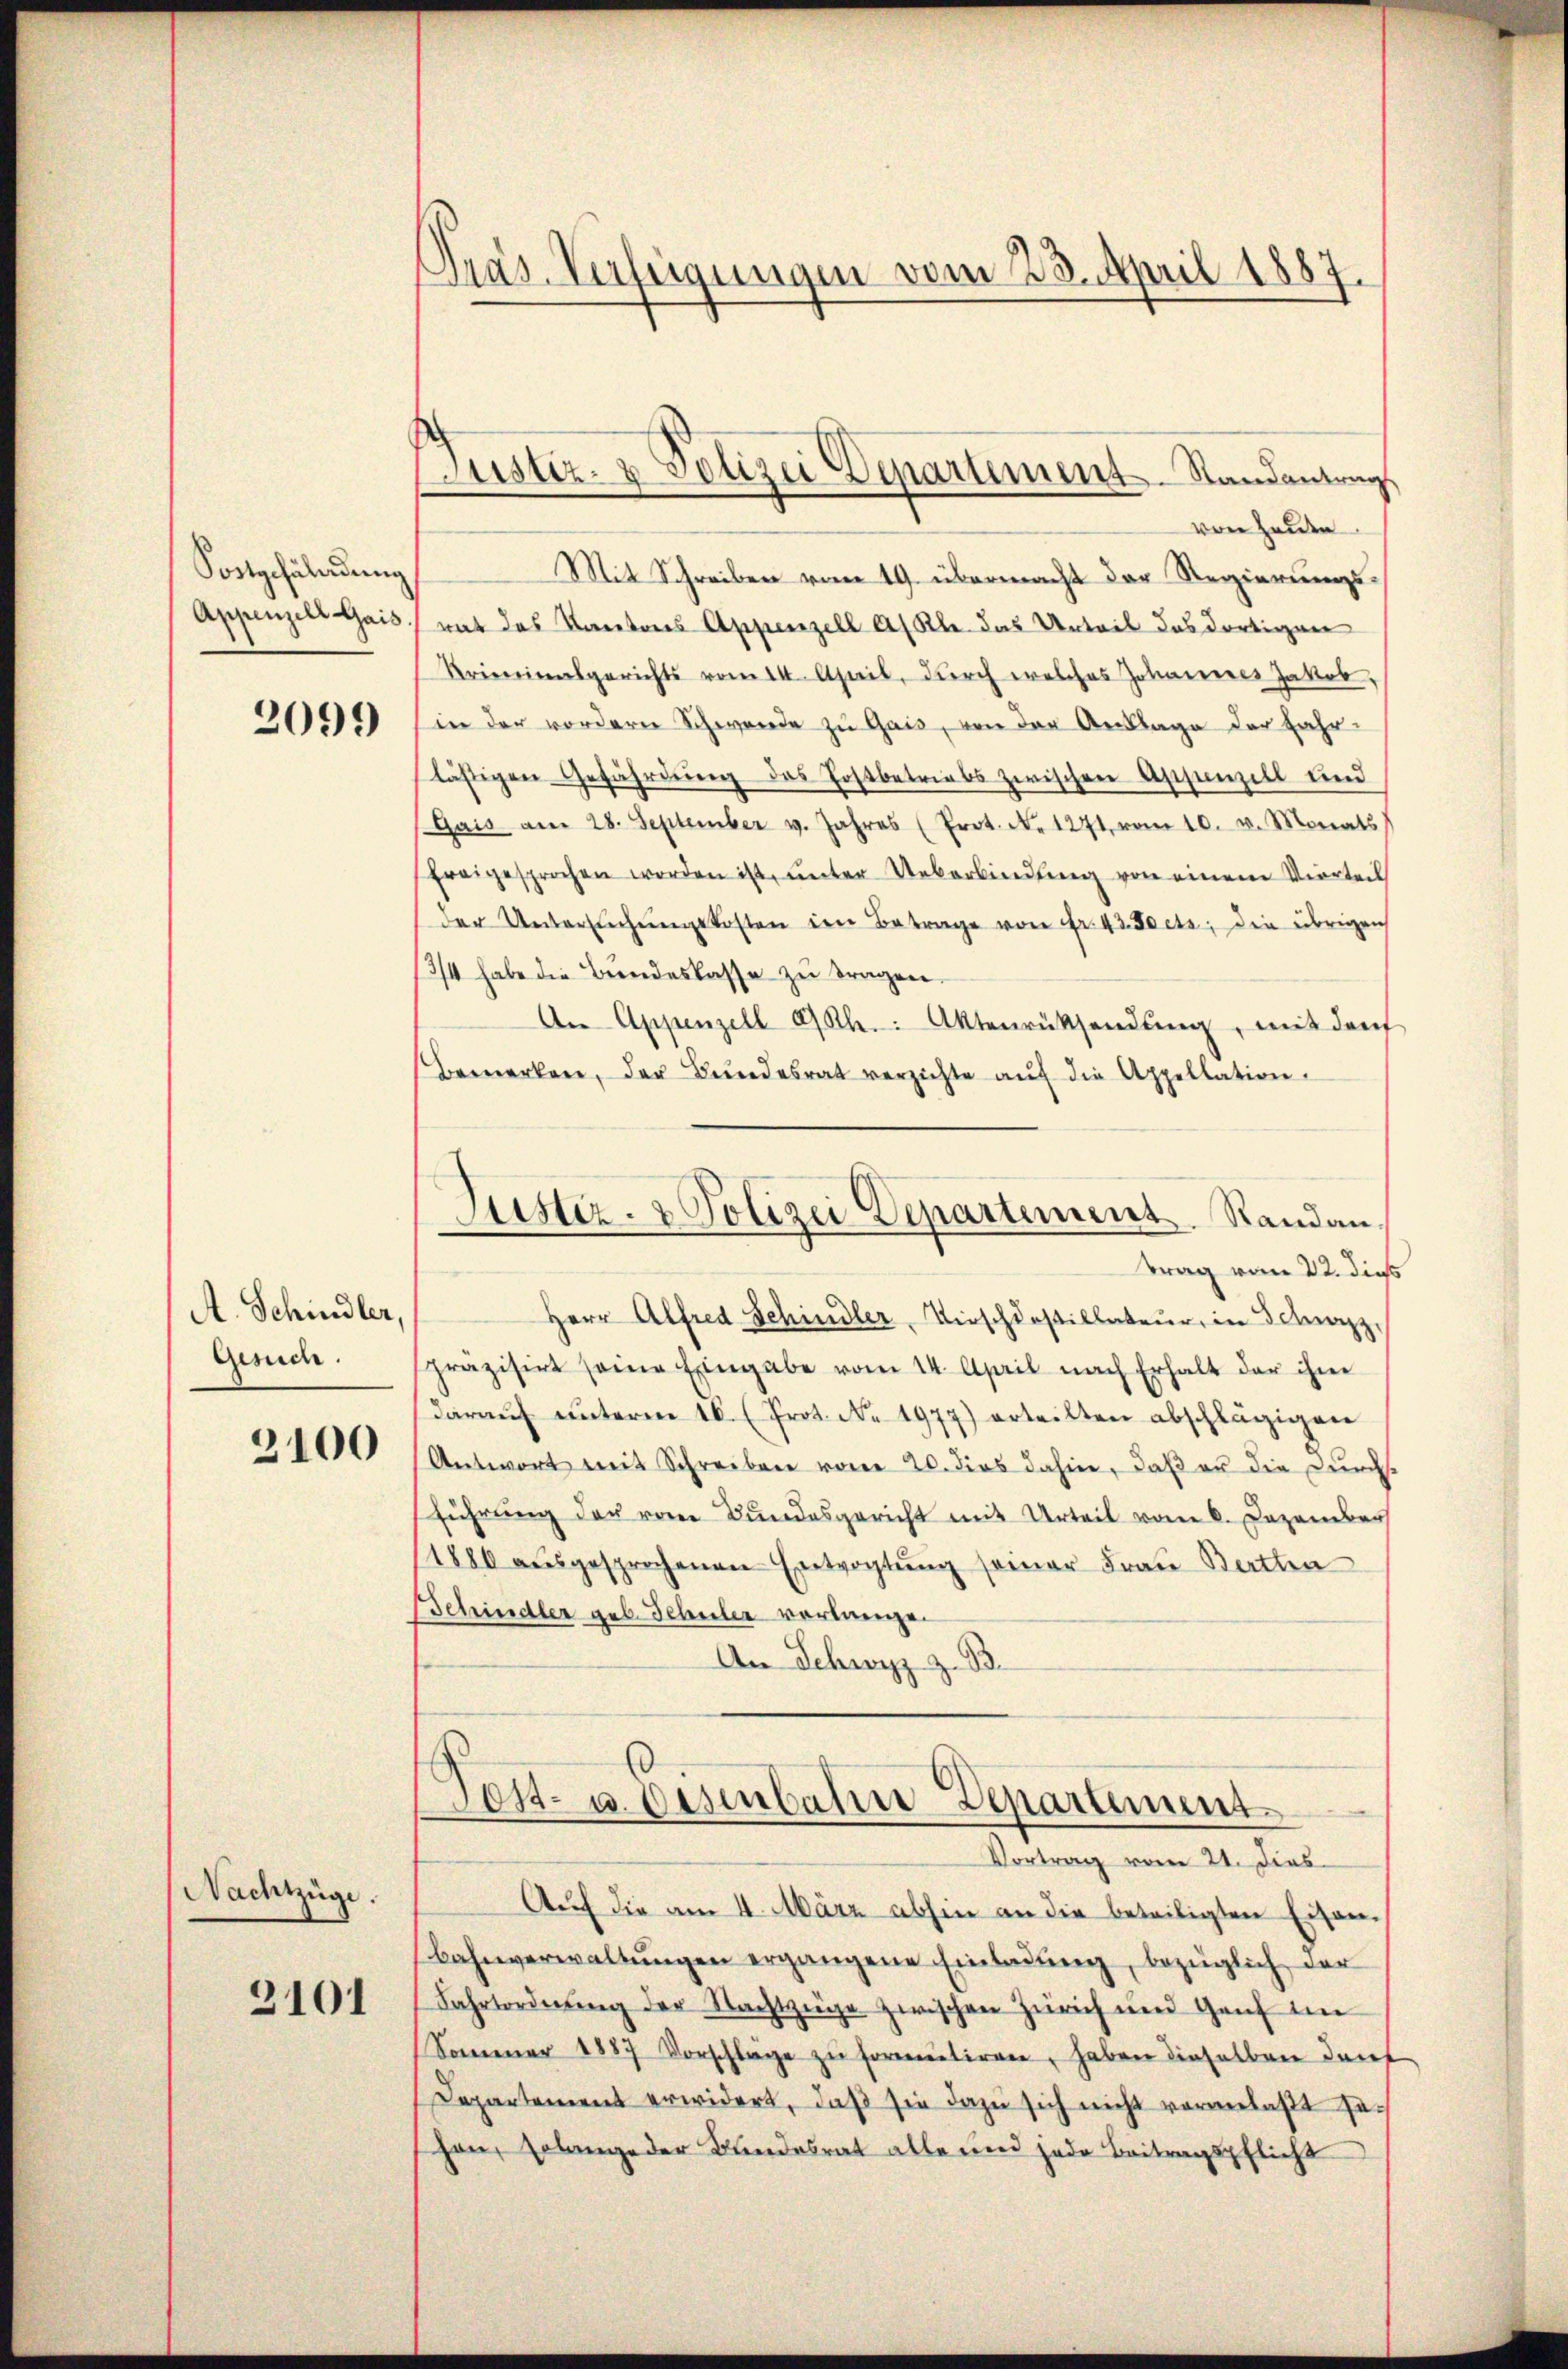
Postgefährdung
Appenzell Gais.

2099

A. Schindler,
Gesuch.

2100

Nachtzüge.

3101

Pras. Verfeigungen vom 23. April 1887.

Justiz- & Polizei Departement Standantrags

von Heute
Mit Schreiben vom 19. übermacht der Regierungsrat das Kantons Appenzell A/Rle. das Urteil das dortigen
Kriereinsgerichts vom 14. April, dŭrch welches Johannes Jakob,
sin der vordern Schwende zŭ Gais, von der Anklage der Fahr-
lästigen Gefährdung des Postbetriebs zwischen Appenzell und
(Gais am 28. September v. Jahres (Prot. N. 1271, vom 10. v. Monats
freigesprochen worden ist, ŭnter Ueberbindŭng von einem Vierteil
der Untersŭchŭngskosten den Betrage von Fr. 43. Fets, die übrigen
13/4 habe die Bŭndeskasse zŭ tragen.
An Appenzell a/Rh.: Aktenrücksendŭng, mit den
bemerken, der Bŭndesrat verzichte aŭf die Appellation.
Justiz- & Polizei Departement. Standan-
trag vom 22. dies
Herr Alfred Schindler, Kirschlosillateur, in Schwyz,
präzisirt seine Eingabe vom 14. April nach Erhalt der ihne
darauf unterm 16. (Prot. N. 1977) erteilten abschlägigen
Antwort mit Schreiben vom 20. dies dahin, daβ er die Durchs
führung der vom Bundesgericht mit Urteil vom 6. Dezember
1886 aŭsgesprochenen Eintrachtŭng seiner Frau Bertha
Schindler geb. Schuler verlange.
An Schwyz z. B.

Tett- u. Eisenbahne Departement
Vortrag vom 21. Dies

Auf die am 4. März abhin an die beteiligten Eisen-
Bahnverwaltungen ergangene Einladung, bezüglich der
Fahrtordnŭng der Nachtzüge zwischen Zürich und Genf im
Sommer 1887 Vorschläge zŭ formentiren, haben dieselben darf
Departement erwidert, daβ sie dazu sich nicht voranlaßt sei
hen, Erlange der Bundesrat alle und jede Beitragspflicht